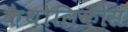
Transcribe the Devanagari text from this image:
कैथोलिकोस